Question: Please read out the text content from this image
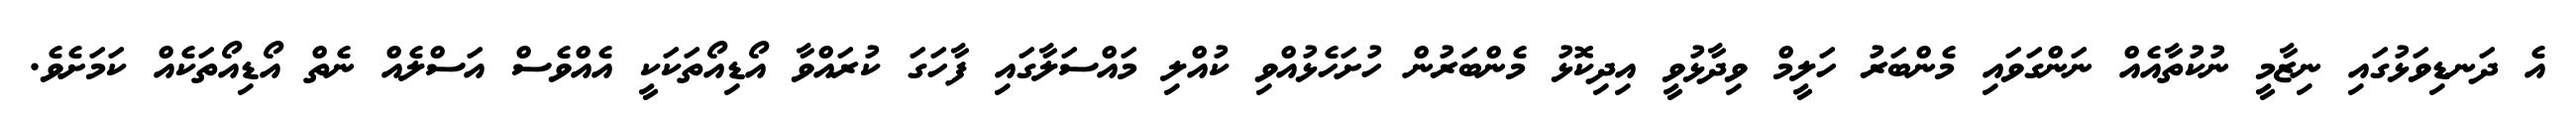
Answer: އެ ދަނޑިވަޅުގައި ނިޒާމީ ނުކުތާއެއް ނަންގަވައި މެންބަރު ހަލީމް ވިދާޅުވީ އިދިކޮޅު މެންބަރުން ހުށަހެޅުއްވި ކުއްލި މައްސަލާގައި ފާހަގަ ކުރައްވާ އޯޑިއޯތަކަކީ އެއްވެސް އަސްލެއް ނެތް އޯޑިއޯތަކެއް ކަމަށެވެ.